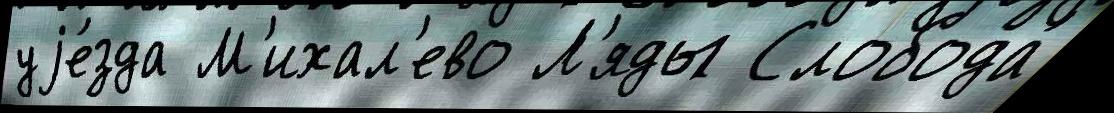
уjе́зда М'ихал'ево Л'яды Слобода́